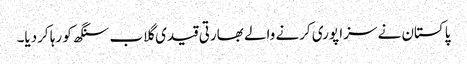
پاکستان نے سزا پوری کرنے والے بھارتی قیدی گلاب سنگھ کو رہا کردیا۔